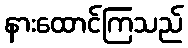
နားထောင်ကြသည်